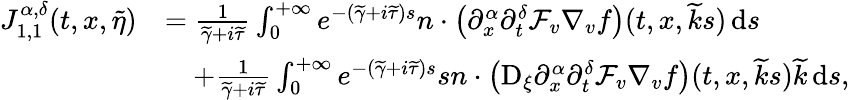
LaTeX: \begin{array}{rl}{J_{1,1}^{\alpha,\delta}(t,x,\widetilde{\eta})}&{=\frac{1}{\widetilde{\gamma}+i\widetilde{\tau}}\int_{0}^{+\infty}e^{-(\widetilde{\gamma}+i\widetilde{\tau})s}n\cdot\left(\partial_{x}^{\alpha}\partial_{t}^{\delta}\mathcal{F}_{v}\nabla_{v}f\right)(t,x,\widetilde{k}s)\, \mathrm{d}s}\\ &{\quad+\frac{1}{\widetilde{\gamma}+i\widetilde{\tau}}\int_{0}^{+\infty}e^{-(\widetilde{\gamma}+i\widetilde{\tau})s}sn\cdot\left(\mathrm{D}_{\xi}\partial_{x}^{\alpha}\partial_{t}^{\delta}\mathcal{F}_{v}\nabla_{v}f\right)(t,x,\widetilde{k}s)\widetilde{k}\, \mathrm{d}s,}\end{array}